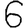
Digit: 6